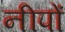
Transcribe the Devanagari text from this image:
नीपों